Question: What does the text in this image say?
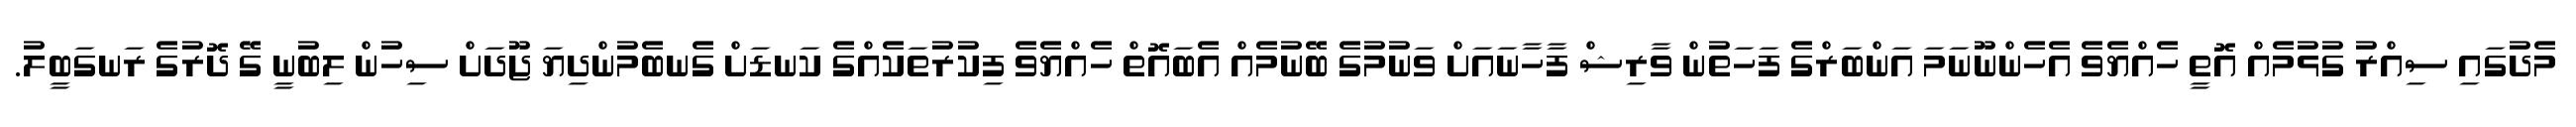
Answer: މެދުގައި ސިއްރު ގުޅުމެއް އޮތީ ހެއްޔެވެ އެހެންނޫނަމަ އަންބަރްގެ ފަހަތުން ވާރިޝް ފާހާނައަށް ވަނުމުގެ ބޭނުމެއް އެބައޮތް ހެއްޔެވެ ފިކުރުތަކެއްގެ ކަނޑަށް ގެނބެމުންދިޔަ ޖޫދަށް ސިހުން ލިބުނީ ގޭ ދޮރުގެ ރަނގަބީލު.